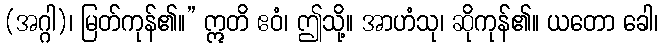
(အဂ္ဂါ)၊ မြတ်ကုန်၏။” ဣတိ ဧဝံ၊ ဤသို့။ အာဟံသု၊ ဆိုကုန်၏။ ယတော ခေါ၊